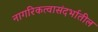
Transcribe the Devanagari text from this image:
नागरिकत्वासंदर्भातील